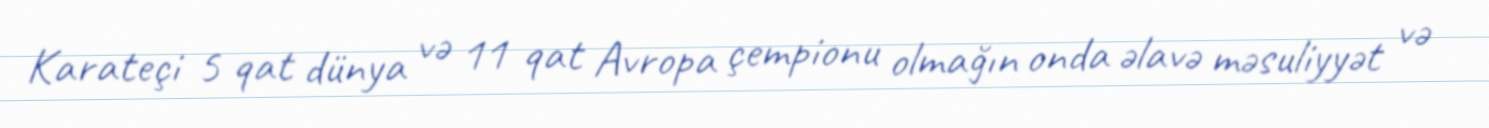
Karateçi 5 qat dünya və 11 qat Avropa çempionu olmağın onda əlavə məsuliyyət və